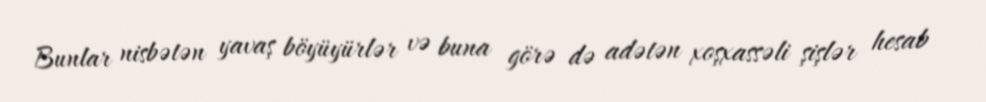
Bunlar nisbətən yavaş böyüyürlər və buna görə də adətən xoşxassəli şişlər hesab